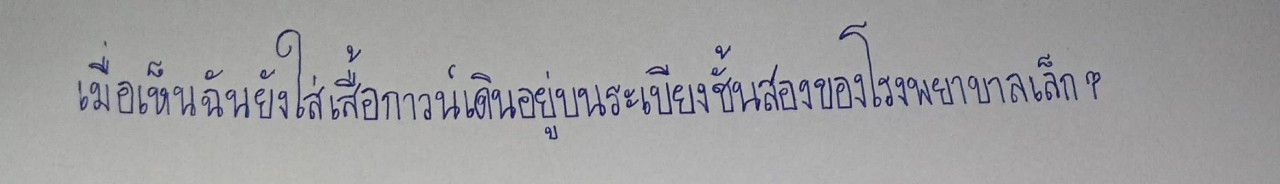
เมื่อเห็นฉันยังใส่เสื้อกาวน์เดินอยู่บนระเบียงชั้นสองของโรงพยาบาลเล็กๆ